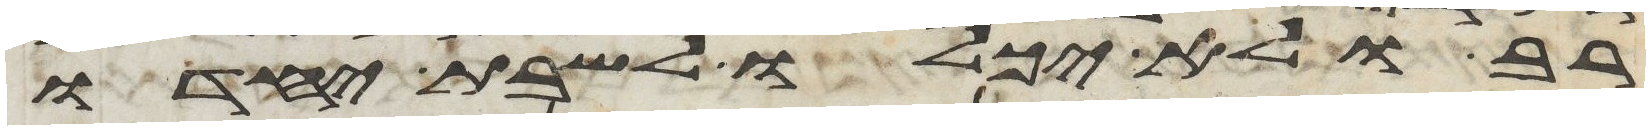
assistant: רב ולא יכלו לשבת יחדו